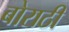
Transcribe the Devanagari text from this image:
बोराठी